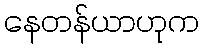
နေတန်ယာဟုက